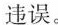
违误。